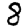
Digit: 8